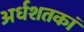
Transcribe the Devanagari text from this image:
अर्धशतकां